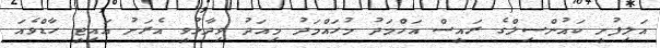
އަލިފުށީ ކައުންސިލްގެ ރައީސް އަހްމަދު މުހައްމަދު މިއަދު ވިދާޅުވީ އެރަށު އައިޓީ ހާޑްވެއަ